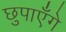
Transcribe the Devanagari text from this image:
छुपाएँगे